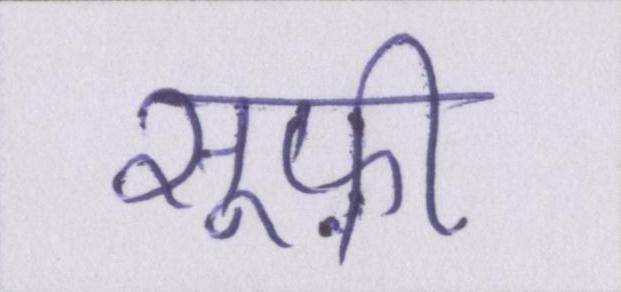
सूफ़ी